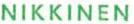
NIKKINEN